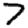
Digit: 7